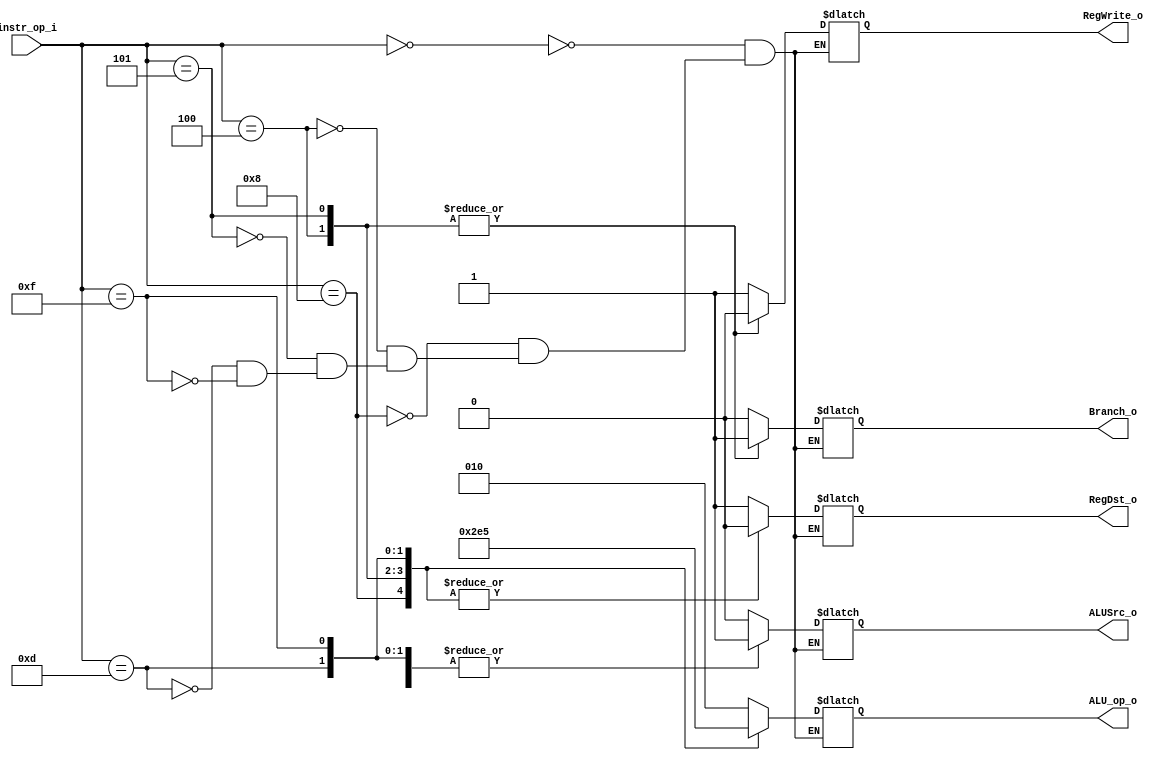
//Subject:     CO project 2 - Decoder
//--------------------------------------------------------------------------------
//Version:     1
//--------------------------------------------------------------------------------
//Writer:      
//----------------------------------------------
//Date:        
//----------------------------------------------
//Description: 
//--------------------------------------------------------------------------------

module Decoder(
    instr_op_i,
	RegWrite_o,
	ALU_op_o,
	ALUSrc_o,
	RegDst_o,
	Branch_o
	);
     
//I/O ports
input  [6-1:0] instr_op_i;

output         RegWrite_o;
output [3-1:0] ALU_op_o;
output         ALUSrc_o;
output         RegDst_o;
output         Branch_o;
 
//Internal Signals
reg    [3-1:0] ALU_op_o;
reg            ALUSrc_o;
reg            RegWrite_o;
reg            RegDst_o;
reg            Branch_o;
reg				savePC_o;
//Parameter


//Main function
always@(*) begin
	case(instr_op_i)
		6'h0: 
		begin //ADD,SUB,MUL,JR,SLLV,SLL,The R type instrucitons
			ALU_op_o = 3'b010;
			ALUSrc_o = 0;
			RegWrite_o = 1;
			savePC_o = 0;
			RegDst_o = 1;
			Branch_o = 0;
		end
		6'h8: 
		begin //ADDI
			ALU_op_o = 3'b000;
			ALUSrc_o = 1;
			RegWrite_o = 1;
			savePC_o = 0;
			RegDst_o = 0;
			Branch_o = 0;
		end
		6'h4: 
		begin //BEQ
			ALU_op_o = 3'b001;
			ALUSrc_o = 0;
			RegWrite_o = 0;
			savePC_o=0;
			RegDst_o = 0;
			Branch_o = 1;
		end
		6'h5: 
		begin //BNE;
			ALU_op_o = 3'b011;
			ALUSrc_o = 0;
			RegWrite_o = 0;
			savePC_o=0;
			RegDst_o = 0;
			Branch_o = 1;
		end
		6'hd: 
		begin //ORI
			ALU_op_o = 3'b100;
			ALUSrc_o = 1;
			RegWrite_o = 1;
			savePC_o=0;
			RegDst_o = 0;
			Branch_o = 0;
		end
		6'hf: 
		begin //LUI
			ALU_op_o = 3'b101;
			ALUSrc_o = 1;
			RegWrite_o = 1;
			savePC_o = 0;
			RegDst_o = 0;
			Branch_o = 0;		
		end	
	endcase
end

endmodule